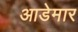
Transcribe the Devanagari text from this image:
आडेमार